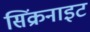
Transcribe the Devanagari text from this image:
सिंक्रनाइट